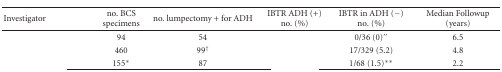
<table><thead><tr><td><b>Investigator</b></td><td><b>no. BCS specimens</b></td><td><b>no. lumpectomy + for ADH</b></td><td><b>IBTR ADH (+) no. (%)</b></td><td><b>IBTR in ADH (−) no. (%)</b></td><td><b>Median Followup (years)</b></td></tr></thead><tbody><tr><td>[EMPTY_CELL]</td><td>94</td><td>54</td><td>[EMPTY_CELL]</td><td>0/36 (0)′′</td><td>6.5</td></tr><tr><td>[EMPTY_CELL]</td><td>460</td><td>99<sup>†</sup></td><td>[EMPTY_CELL]</td><td>17/329 (5.2)</td><td>4.8</td></tr><tr><td>[EMPTY_CELL]</td><td>155*</td><td>87</td><td>[EMPTY_CELL]</td><td>1/68 (1.5)**</td><td>2.2</td></tr></tbody></table>